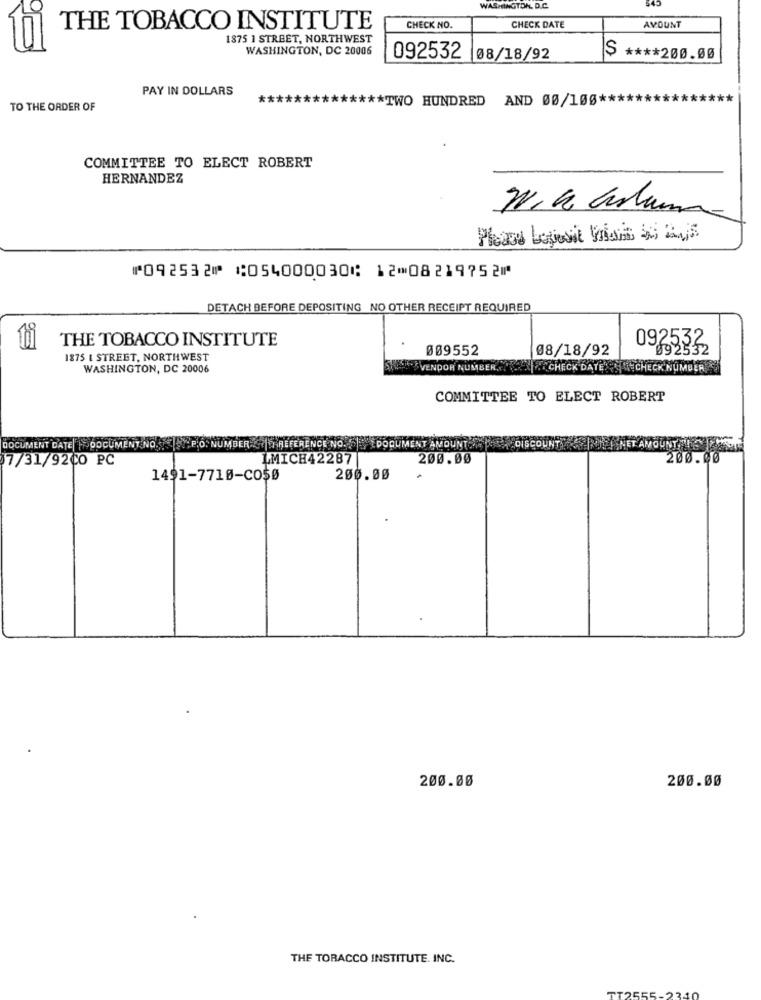
545
WASHINGTON, D.C.
CHECK DATE
THE TOBACCO INSTITUTE
CHECK NO.
AMOUNT
1875 1 STREET, NORTHWEST
Úi
WASHINGTON, DC 20006
092532 08/18/92
$ **** 200.00
PAY IN DOLLARS
*TWO HUNDRED AND 00/100 ******
TO THE ORDER OF
COMMITTEE TO ELECT ROBERT
HERNANDEZ
Please basesit Vias De Kujis
⑈092532⑈ ⑆054000030⑆ 12⑉08219752⑈
DETACH BEFORE DEPOSITING NO OTHER RECEIPT REQUIRED
THE TOBACCO INSTITUTE
009552
08/18/92
092532
1875 & STREET, NORTHWEST
WASHINGTON, DC 20006
VENDOR NUMBER,
CHECK DATES CHECK NUMBER
COMMITTEE TO ELECT ROBERT
DISCOUNT
DOCUMENT DATE| | DOCUMENT NO. P.O. NUMBER REFERENCE NO.DOCUMENT AMOUNT
7/31/9200 PC
LMICH42287
200.00
200.00
1491-7710-CO$Ø
200.00
200.00
200.00
THE TORACCO INSTITUTE. INC.